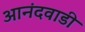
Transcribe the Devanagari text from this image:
आनंदवाडी